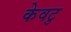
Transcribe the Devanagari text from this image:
केवटु